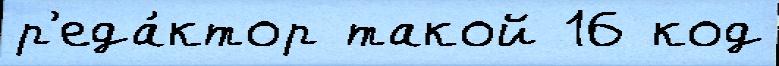
р'еда́ктор такой 16 код